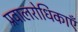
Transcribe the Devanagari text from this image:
प्रवालरोधिकाएँ